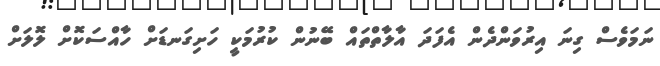
ނަމަވެސް ގިނަ އިރުވަންދެން އެފަދަ އާލާތްތައް ބޭނުން ކުރުމަކީ ހަށިގަނޑަށް ހާއްސަކޮށް ލޮލަށް